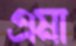
এমা